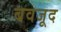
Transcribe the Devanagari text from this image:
बवजूद